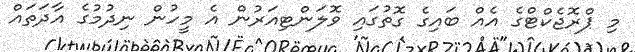
މި ޕްރޮޖެކްޓްގެ އެއް ބައިގެ ގޮތުގައި ވޮލަންޓިއަރުން އެ މީހުން ނިދުމުގެ އާދަތައް